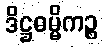
ဒိဋ္ဌဓမ္မိကဉ္စ